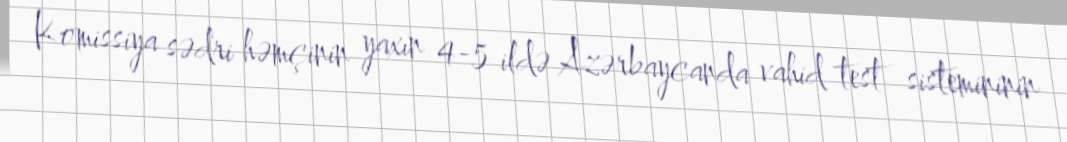
Komissiya sədri həmçinin yaxın 4-5 ildə Azərbaycanda vahid test sistemininin